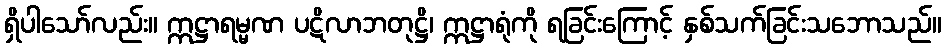
ရှိပါသော်လည်း။ ဣဋ္ဌာရမ္မဏ ပဋိလာဘတုဋ္ဌိ၊ ဣဋ္ဌာရုံကို ရခြင်းကြောင့် နှစ်သက်ခြင်းသဘောသည်။